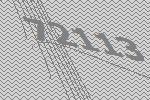
72113